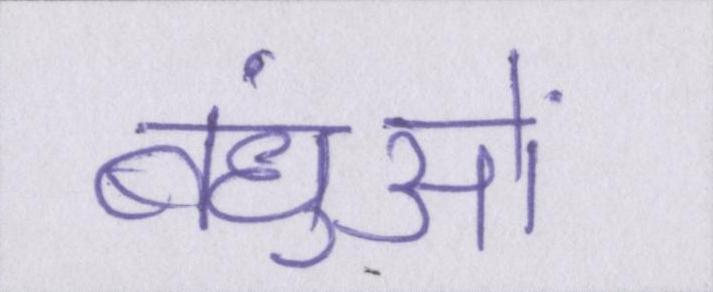
बंधुओं